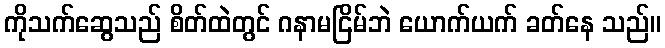
ကိုသက်ဆွေသည် စိတ်ထဲတွင် ဂနာမငြိမ်ဘဲ ယောက်ယက် ခတ်နေ သည်။